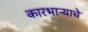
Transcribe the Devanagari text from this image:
कारभाऱ्याचे